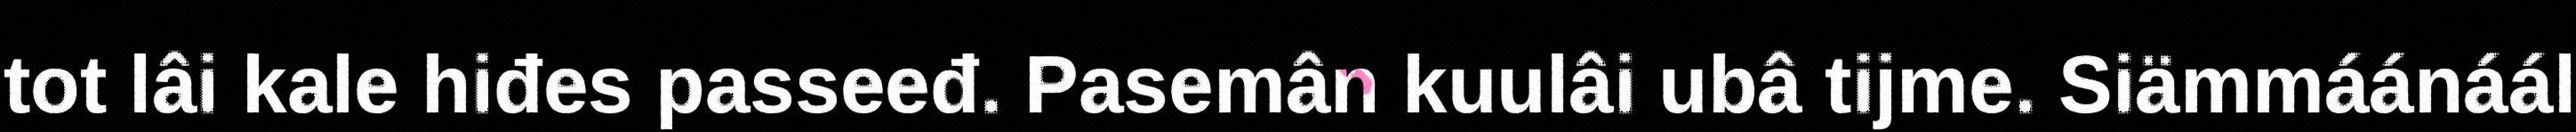
tot lâi kale hiđes passeeđ. Pasemân kuulâi ubâ tijme. Siämmáánáál